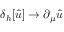
\delta _ { h } [ { \hat { u } } ] \to \partial _ { \mu } { \hat { u } }